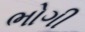
ભોગી